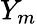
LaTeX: Y_{m}